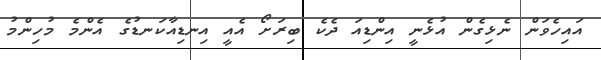
އައިހެވަން ނެޅިގެން އުޅެނީ އިންޑިއަ ދެކެ ބިރަށޯ އެއީ އިނޑިއާކަނޑުގެ އެންމެ މުހިންމު